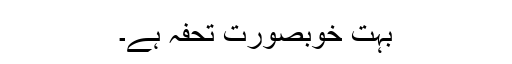
بہت خوبصورت تحفہ ہے۔